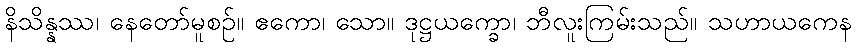
နိသိန္နဿ၊ နေတော်မူစဉ်။ ဧကော၊ သော။ ဒုဋ္ဌယက္ခော၊ ဘီလူးကြမ်းသည်။ သဟာယကေန